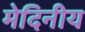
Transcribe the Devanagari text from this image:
मेदिनीय